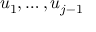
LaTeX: u _ { 1 } , \dotsc , u _ { j - 1 }